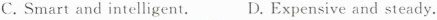
C. Smart and intelligent. D. Expensive and steady.